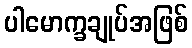
ပါမောက္ခချုပ်အဖြစ်